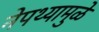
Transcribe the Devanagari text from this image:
नेपथ्यामुळे